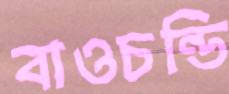
বাওচন্ডি